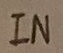
Text: IN